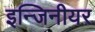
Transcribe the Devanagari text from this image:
इन्जिनीयर